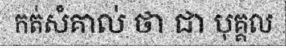
កត់សំគាល់ ថា ជា បុគ្គល